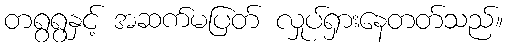
တရွရွနှင့် အဆက်မပြတ် လှုပ်ရှားနေတတ်သည်။